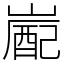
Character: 嶏